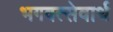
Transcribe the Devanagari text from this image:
भगवत्सेवार्थ